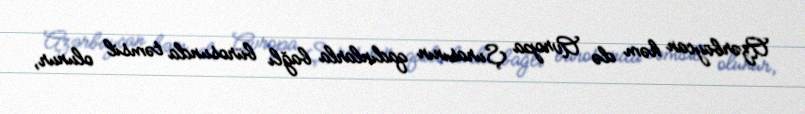
Azərbaycan həm də Avropa Şurasının qadınlarla bağlı bürosunda təmsil olunur,